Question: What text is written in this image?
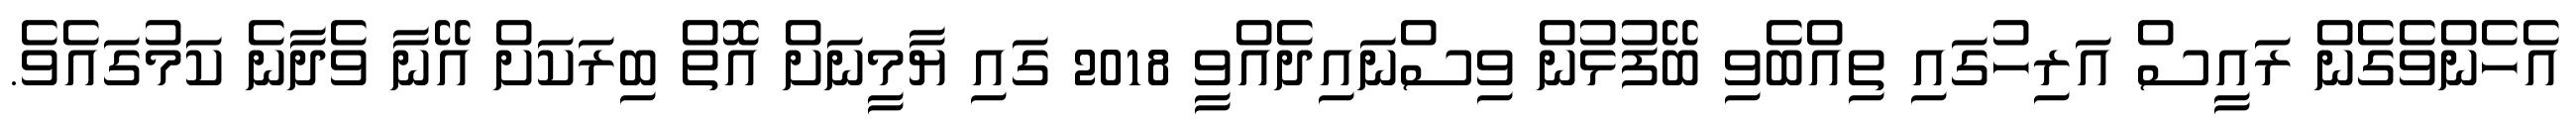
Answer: އެހެންވެގެން ރައީސް އަރިހުގައި ތިއްބެވި ބޭފުޅުން ވިސްނައިދެއްވީ 2018 ގައި ޔާމީނަށް އޮތް ބިރަކަށް އޭނާ ވެދާނެ ކަމުގައެވެ.